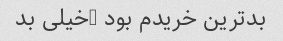
بدترین خریدم بود …خیلی بد